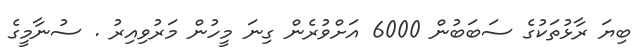
ބިޔަ ރާޅުތަކުގެ ސަބަބުން 6000 އަށްވުރެން ގިނަ މީހުން މަރުވިއިރު . ސުނާމީގެ